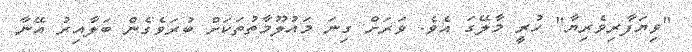
"ވިޔަފާރިވެރިޔާ" ހުރީ މާލޭގަ އެވެ. ވަރަށް ގިނަ މައުލޫމާތުތަކަށް ބުރަވެގެން ބަލާއިރު އޭނާ